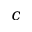
c